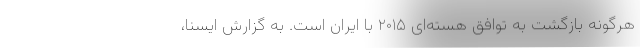
هرگونه بازگشت به توافق هسته‌ای ۲۰۱۵ با ایران است. به گزارش ایسنا،